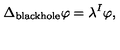
\Delta _ { \mathrm { b l a c k h o l e } } \varphi = \lambda ^ { I } \varphi ,